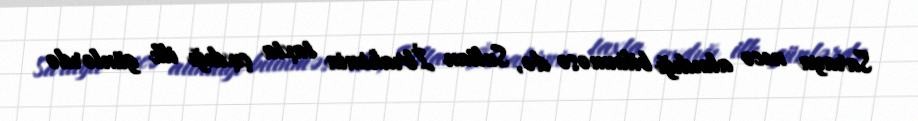
Saraya necə alındığı bilinməsə də, Sultan İbrahimin taxta çıxdığı ilk günlərdə